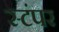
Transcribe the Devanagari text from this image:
स्टंपर